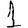
Digit: 1